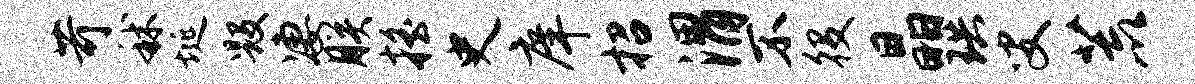
苛秫埏毁凄朕摇史庠招渭不役晶珙叟荒